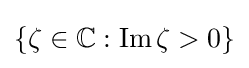
\{\zeta \in \mathbb {C} :\operatorname {Im} \zeta >0\}